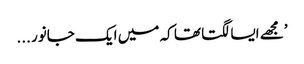
’مجھے ایسا لگتا تھا کہ میں ایک جانور ...